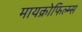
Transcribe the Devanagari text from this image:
मायक्रोफिल्म्स